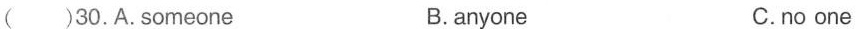
( )30.A.someone B.anyone C.no one